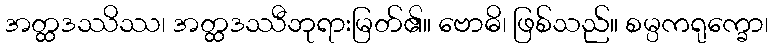
အတ္ထဒဿိဿ၊ အတ္ထဒဿီဘုရားမြတ်၏။ ဗောဓိ၊ ဖြစ်သည်။ စမ္ပကရုက္ခော၊